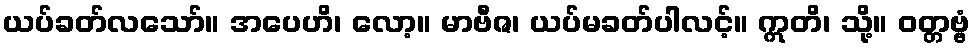
ယပ်ခတ်လသော်။ အပေဟိ၊ လော့။ မာဗီဇ၊ ယပ်မခတ်ပါလင့်။ ဣတိ၊ သို့။ ဝတ္တဗ္ဗံ